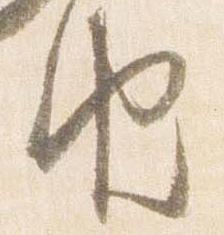
由